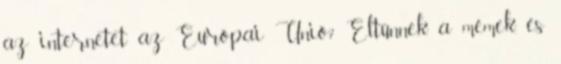
az internetet az Európai Unió? Eltűnnek a mémek, és